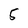
Character: 5